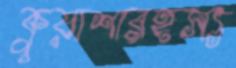
কুয়াশারহস্য